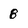
Character: 8